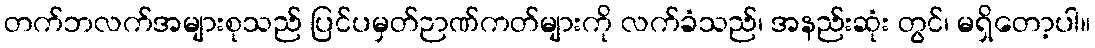
တက်ဘလက်အများစုသည် ပြင်ပမှတ်ဉာဏ်ကတ်များကို လက်ခံသည်၊ အနည်းဆုံး တွင်၊ မရှိတော့ပါ။